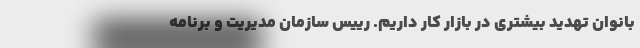
بانوان تهدید بیشتری در بازار کار داریم. رییس سازمان مدیریت و برنامه